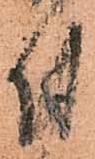
付